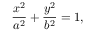
{ \frac { x ^ { 2 } } { a ^ { 2 } } } + { \frac { y ^ { 2 } } { b ^ { 2 } } } = 1 ,